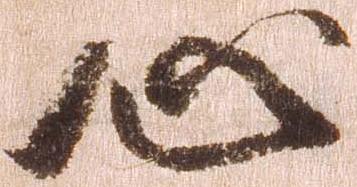
心